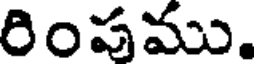
రింపము.